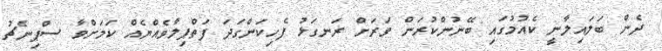
ދެން ބަލައިލާނީ ކެއުމުގައި ބޭނުންކުރަން ވަރަށް ރަނގަޅު ފެހިކަންގަދަ ފަތްޕިލާވެއްޔެއް ކަމަށްވާ ސްޕިނެޗު